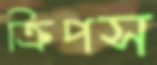
ক্রিপস